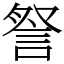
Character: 詧